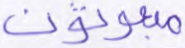
مبعوثون